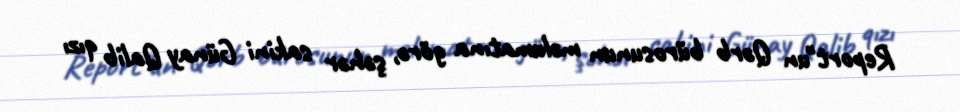
Report"un Qərb bürosunun məlumatına görə, şəhər sakini Günay Qalib qızı